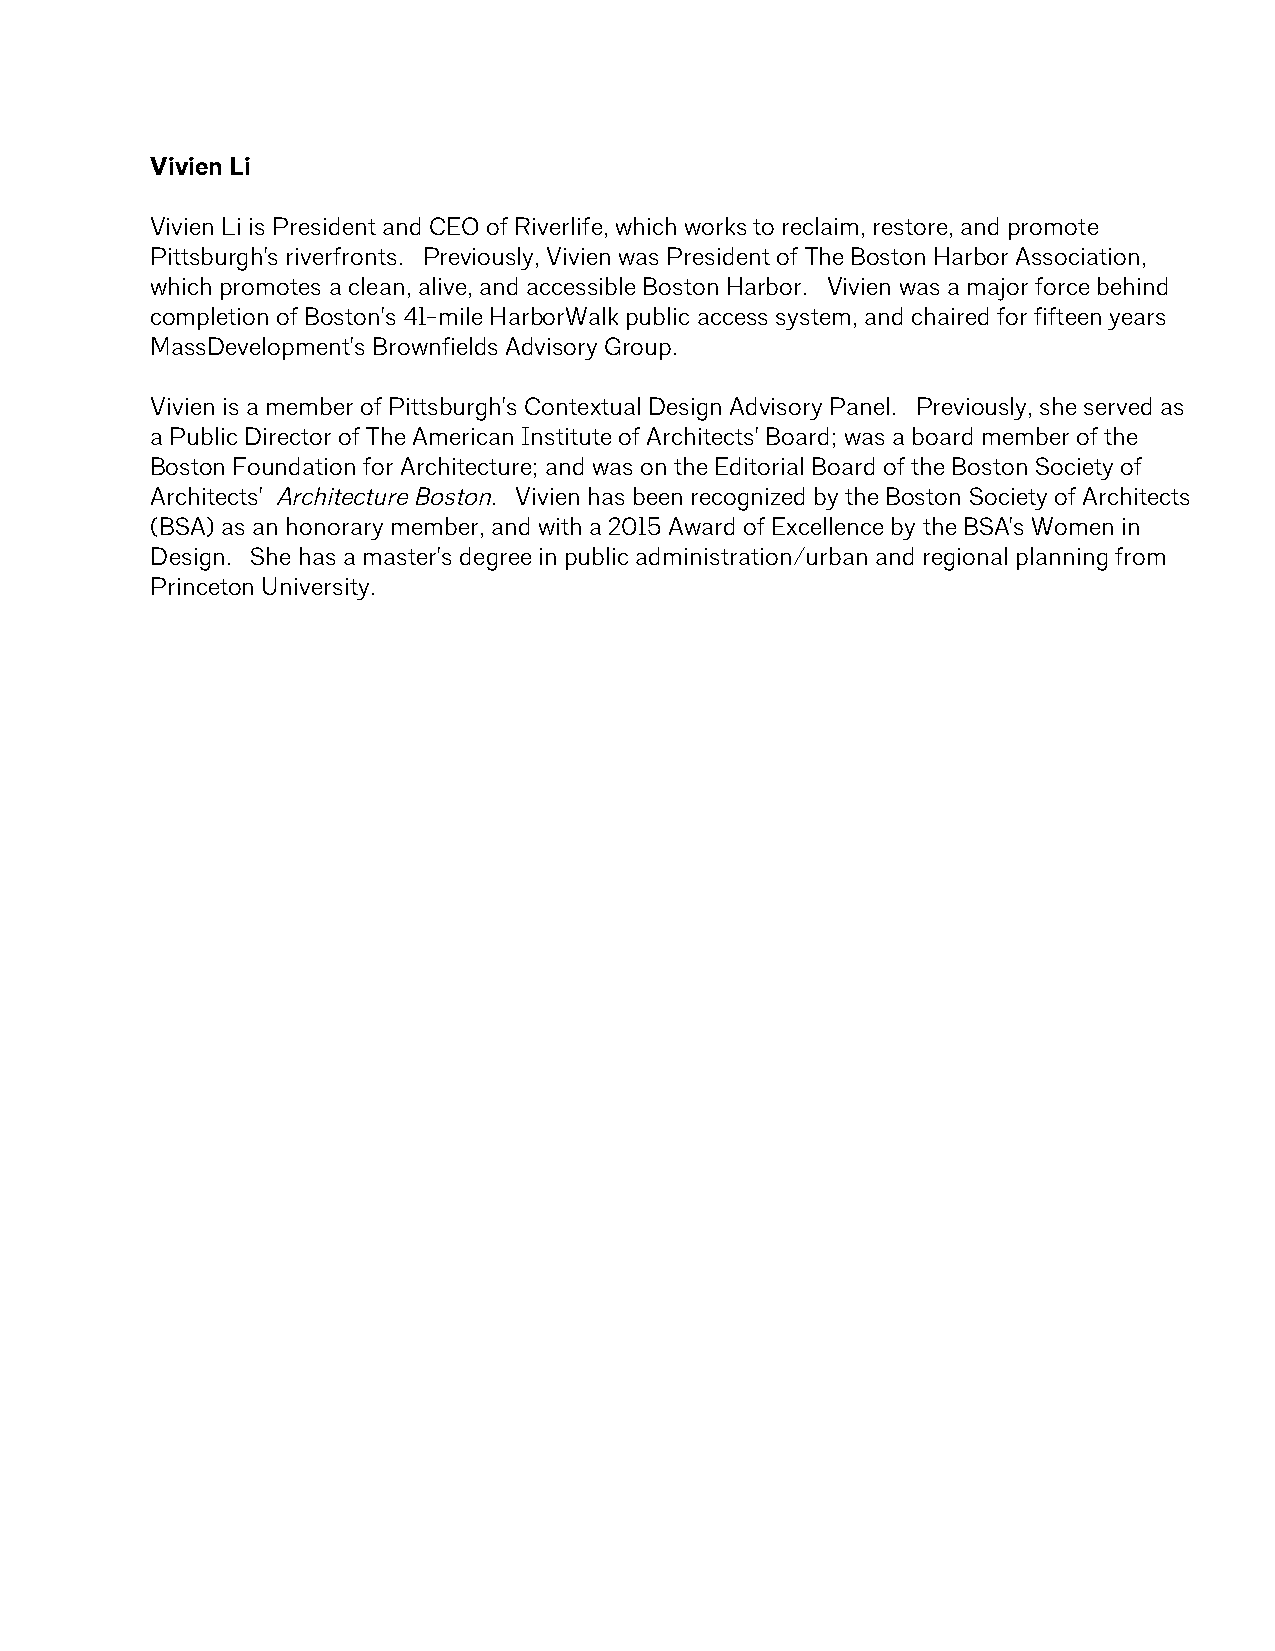
Vivien Li
 Vivien Li is President and CEO of Riverlife, which works to reclaim, restore, and promote
 Pittsburgh's riverfronts. Previously, Vivien was President of The Boston Harbor Association,
 which promotes a clean, alive, and accessible Boston Harbor. Vivien was a major force behind
 completion of Boston's 41-mile HarborWalk public access system, and chaired for fifteen years
 MassDevelopment's Brownfields Advisory Group.
 Vivien is a member of Pittsburgh's Contextual Design Advisory Panel. Previously, she served as
 a Public Director of The American Institute of Architects' Board; was a board member of the
 Boston Foundation for Architecture; and was on the Editorial Board of the Boston Society of
 Architects' Architecture Boston. Vivien has been recognized by the Boston Society of Architects
 (BSA) as an honorary member, and with a 2015 Award of Excellence by the BSA's Women in
 Design. She has a master's degree in public administration/urban and regional planning from
 Princeton University.